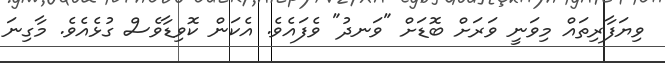
ވިޔަފާރިތައް މިވަނީ ވަރަށް ބޮޑަށް "ވަނދު" ވެފައެވެ. އެކަން ކޮވިޑާވެސް ގުޅެއެވެ. މާގިނަ